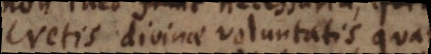
decretis divinae voluntatis quatenus